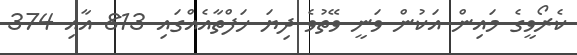
ކެރޯވީގެ މައިން އަކުން ވަނީ ވޭތުވެ ދިޔަ ހަފްތާއެއްގައި 813 އާއި 374